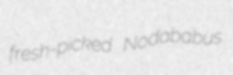
fresh-picked Nodababus